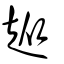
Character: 𧺣